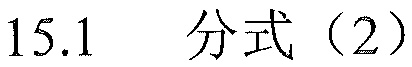
\(15.1\quad 分式（2）\)